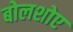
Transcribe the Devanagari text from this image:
बोलशोए